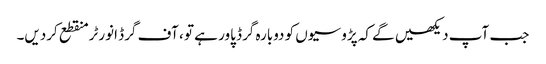
جب آپ دیکھیں گے کہ پڑوسیوں کو دوبارہ گرڈ پاور ہے تو ، آف گرڈ انورٹر منقطع کردیں۔